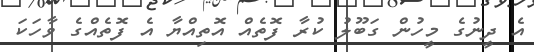
އެ ދީނުގެ މީހުން ގަބޫލު ކުރާ ފޮތެއް އޮތިއްޔާ އެ ފޮތެއްގެ ވާހަކަ